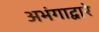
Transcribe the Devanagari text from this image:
अभंगाद्वारे